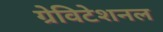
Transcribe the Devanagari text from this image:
ग्रेविटेशनल